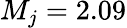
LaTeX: M_{j}=2.09